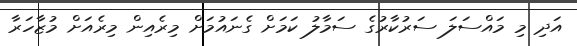
އަދި މި މައްސަލަ ސަރުކާރުގެ ސަމާލު ކަމަށް ގެނައުމަށް މިރެއިން މިރެއަށް މުޒާހަރާ